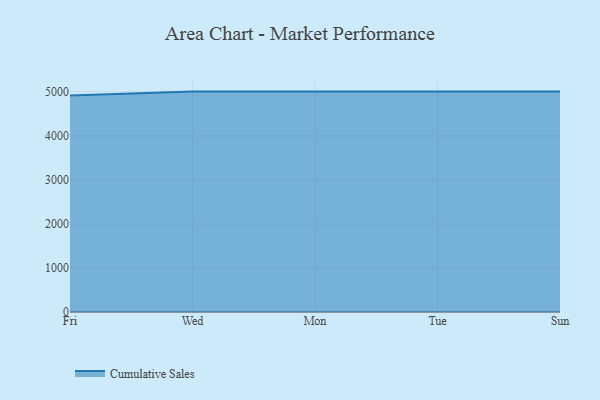
{"axis": {"x": "Day", "y": "Gross Profit (USD K)"}, "legend": ["Cumulative Sales"], "data": [{"x": "Fri", "y": 4911.0, "type": "Cumulative Sales"}, {"x": "Wed", "y": 5000, "type": "Cumulative Sales"}, {"x": "Mon", "y": 5000, "type": "Cumulative Sales"}, {"x": "Tue", "y": 5000, "type": "Cumulative Sales"}, {"x": "Sun", "y": 5000, "type": "Cumulative Sales"}]}